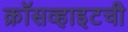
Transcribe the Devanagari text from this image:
क्रॉसव्हाइटची